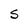
Character: S